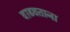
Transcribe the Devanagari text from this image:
वाढवताना